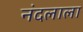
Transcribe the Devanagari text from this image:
नंदलाला